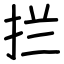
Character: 拦